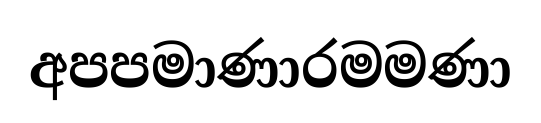
අපපමාණාරමමණා